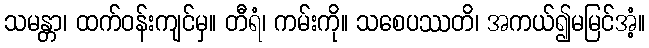
သမန္တာ၊ ထက်ဝန်းကျင်မှ။ တီရံ၊ ကမ်းကို။ သစေပဿတိ၊ အကယ်၍မမြင်အံ့။